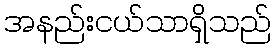
အနည်းငယ်သာရှိသည်